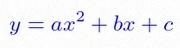
y=ax^2+bx+c